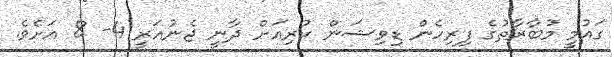
ގައުމީ މުބާރާތުގެ ފިރިހެން ޑިވިޝަން ކުރިއަށް ދާނީ ޖެނުއަރީ 4- 8 އަށެވެ.